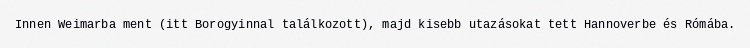
Innen Weimarba ment (itt Borogyinnal találkozott), majd kisebb utazásokat tett Hannoverbe és Rómába.